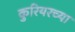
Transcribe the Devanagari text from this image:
कुरियरच्या